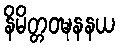
နိမိတ္တဝဍ္ဎနနယ